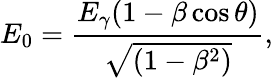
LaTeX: E_{0}=\frac{E_{\gamma}(1-\beta\cos{\theta})}{\sqrt{(1-\beta^{2})}},